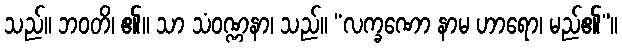
သည်။ ဘဝတိ၊ ၏။ သာ သံဝဏ္ဏနာ၊ သည်။ “လက္ခဏော နာမ ဟာရော၊ မည်၏”။